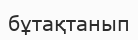
бұтақтанып